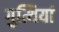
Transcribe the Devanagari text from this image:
गुत्थियां